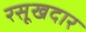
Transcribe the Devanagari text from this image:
रसूखदार